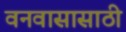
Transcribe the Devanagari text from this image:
वनवासासाठी